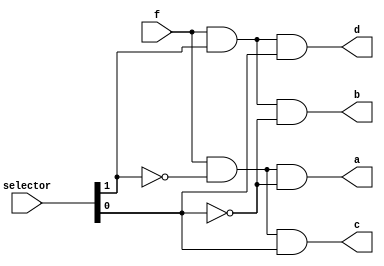
module T08_demultiplexer (
    input f,
    input [1:0] selector,
    output a, b, c, d);
    
    assign a = ( (f & ~selector[1]) & ~selector[0] );
    assign b = ( (f & selector[1]) & ~selector[0] );
    assign c = ( (f & ~selector[1]) & selector[0] );
    assign d = ( ( f & selector[1]) & selector[0] );
endmodule